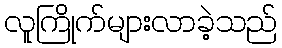
လူကြိုက်များလာခဲ့သည်